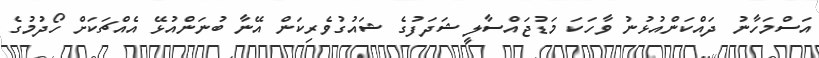
އަސްމަހާނު ދައްކަންއުޅުނު ވާހަކަ މަޑުޖައްސާލީ ޝަދަފުގެ ޝައުގުވެރިކަން އޭނާ ބުނަންއުޅޭ އެއްޗަކަށް ހޯދުމުގެ